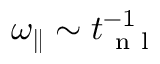
{ \omega _ { \parallel } } \sim t _ { \mathrm { ~ n ~ l ~ } } ^ { - 1 }